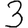
Digit: 3